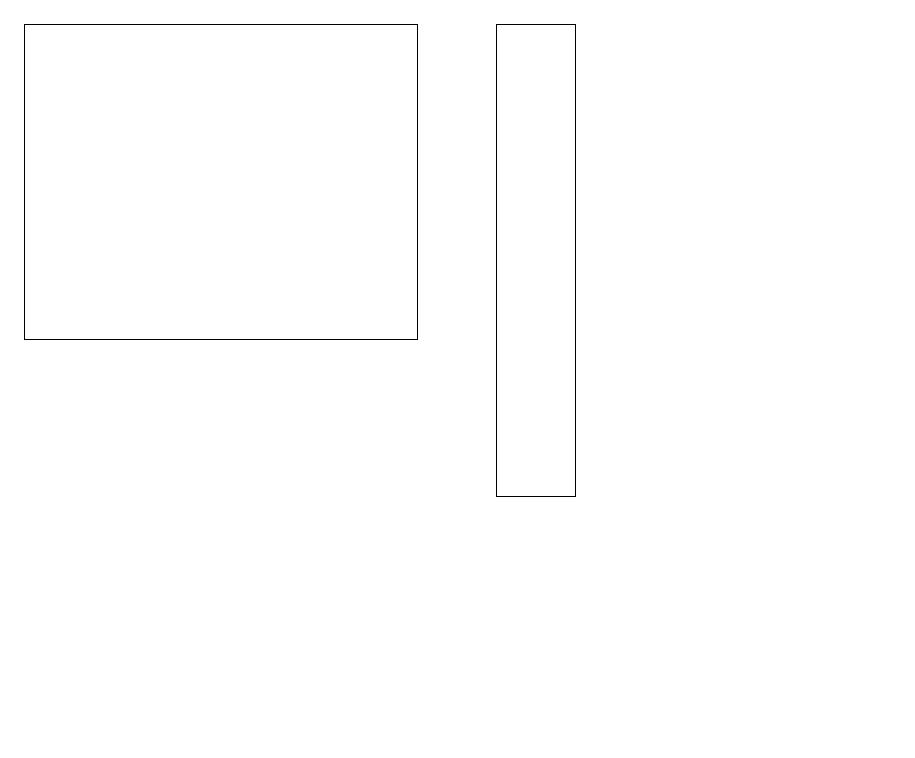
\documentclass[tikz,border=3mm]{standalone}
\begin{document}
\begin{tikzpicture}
\draw (12,10) circle (0);
\draw (1,15) rectangle (6,19);
\draw (11,12) circle (0);
\draw (8,19) rectangle (7,13);
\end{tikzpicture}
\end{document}